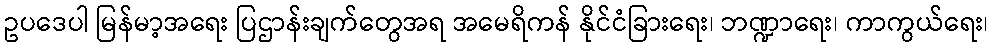
ဥပဒေပါ မြန်မာ့အရေး ပြဌာန်းချက်တွေအရ အမေရိကန် နိုင်ငံခြားရေး၊ ဘဏ္ဍာရေး၊ ကာကွယ်ရေး၊